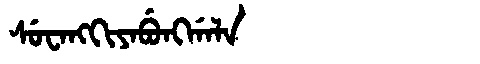
Manchu: ᠰᡠᠸᠠᠩᡴᡳᠶᠠᠪᡠᠩᡤᠠᠯᠠ
Romanization: SUWANGKIYABUNGGALA